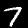
Label: 7